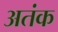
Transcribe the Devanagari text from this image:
अतंक